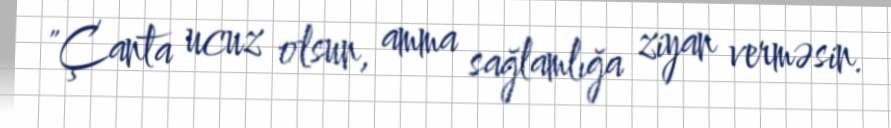
"Çanta ucuz olsun, amma sağlamlığa ziyan verməsin.